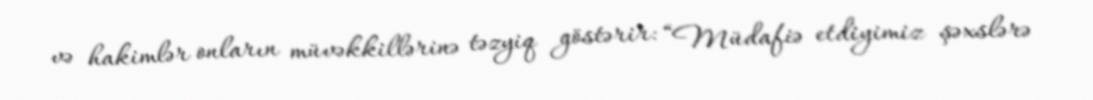
və hakimlər onların müvəkkillərinə təzyiq göstərir: “Müdafiə etdiyimiz şəxslərə